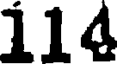
114